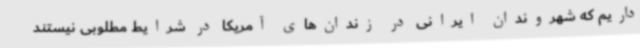
داریم که شهروندان ایرانی در زندان‌های آمریکا در شرایط مطلوبی نیستند